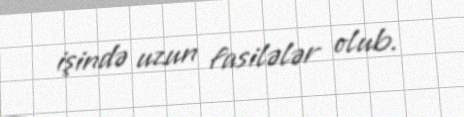
işində uzun fasilələr olub.